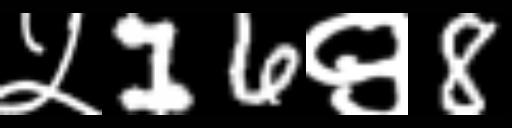
Text: ५16९8